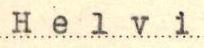
Helvi